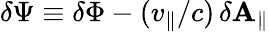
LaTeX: \delta\Psi\equiv\delta\Phi-(v_{\| }/c)\, \delta\mathbf{A}_{\| }